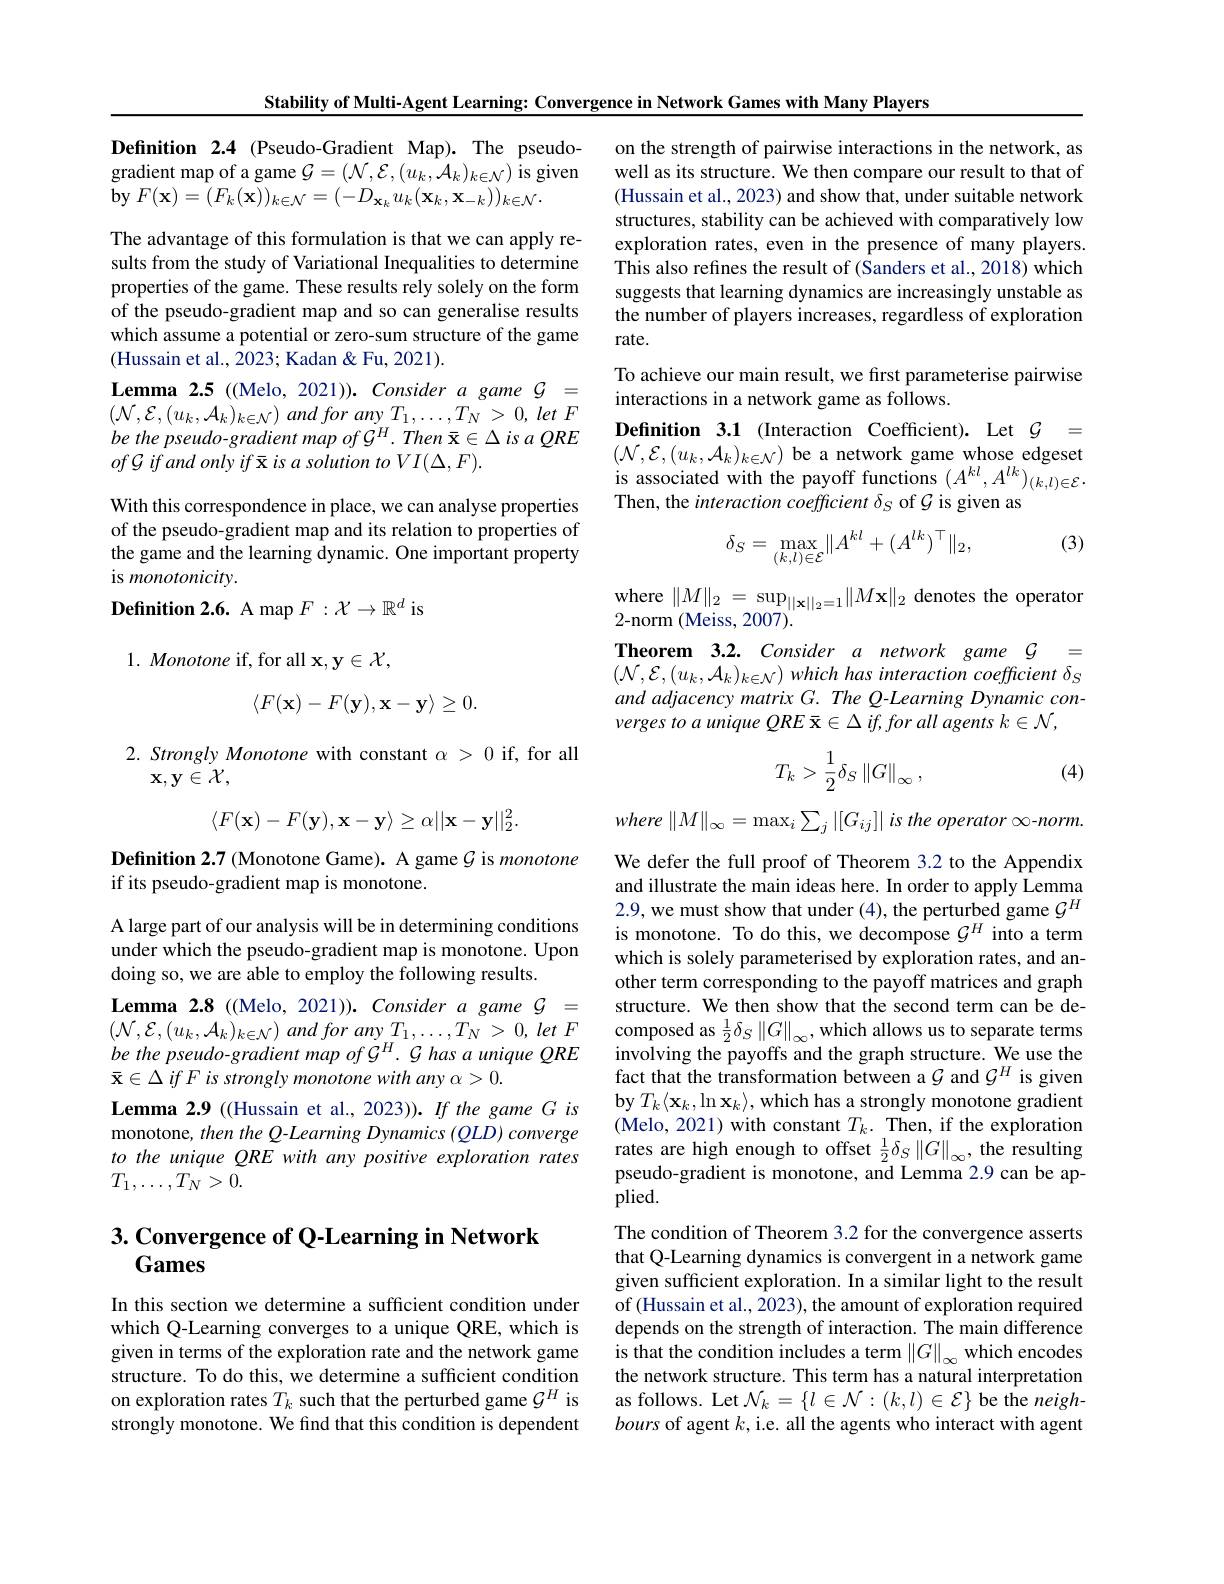
Stability of Multi-Agent Learning: Convergence in Network Games with Many Players

Definition 2.4 (Pseudo-Gradient Map). The pseudogradient map of a game $\mathcal{G}=(\mathcal{N},\mathcal{E},(u_k,\mathcal{A}_k)_{k\in\mathcal{N}})$ is given $\mathbf{by}$ $F( \mathbf{x} ) = ( F_{k}( \mathbf{x} ) ) _{k\in \mathcal{N} }= ( - D_{\mathbf{x} _{k}}u_{k}( \mathbf{x} _{k}, \mathbf{x} _{- k}) ) _{k\in \mathcal{N} }.$

The advantage of this formulation is that we can apply results from the study of Variational Inequalities to determine properties of the game. These results rely solely on the form of the pseudo-gradient map and so can generalise results which assume a potential or zero-sum structure of the game (Hussain et al., 2023; Kadan & Fu, 2021).
Lemma 2.5 ((Melo, 2021)). Consider a game $\mathcal{G}=$ $(\mathcal{N},\mathcal{E},(u_{k},\mathcal{A}_{k})_{k\in\mathcal{N}})$ and for any $T_1, \ldots , T_{N}> 0, \textit{let F}$ be the pseudo-gradient map of G H. Then { }x $\in\Delta$ is $a$ QRE
With this correspondence in place, we can analyse properties of the pseudo-gradient map and its relation to properties of the game and the learning dynamic. One important property is monotonicity.
$\textbf{Definition 2. 6. A map }F: \mathcal{X} \to \mathbb{R} ^d$ is
$1. \textit{Monotone if, for all x}, \mathbf{y} \in \mathcal{X} $,
$$\langle F(\mathbf{x})-F(\mathbf{y}),\mathbf{x}-\mathbf{y}\rangle\geq0.$$
2. Strongly Monotone with constant $\alpha>0$ if, for all
$\mathbf{x},\mathbf{y}\in\mathcal{X}$,
$$\langle F(\mathbf{x})-F(\mathbf{y}),\mathbf{x}-\mathbf{y}\rangle\geq\alpha||\mathbf{x}-\mathbf{y}||_2^2.$$
Definition 2.7 (Monotone Game). A game $\mathcal{G}$ is monotone
if its pseudo-gradient map is monotone.
A large part of our analysis will be in determining conditions under which the pseudo-gradient map is monotone. Upon doing so, we are able to employ the following results.
Lemma 2.8 ((Melo, 2021)). Consider a game $\mathcal{G}=$ $( \mathcal{N} , \mathcal{E} , ( u_{k}, \mathcal{A} _{k}) _{k\in \mathcal{N} })$ and for any $T_{1}, \ldots , T_{N}> 0$, let $F$ be the pseudo-gradient map of $G^H.$ G has a unique QRE $\bar{\mathbf{x} } \in \Delta \textit{if F is strongly monotone with any }\alpha > 0.$
Lemma 2.9 ((Hussain et al., 2023)). If the game G is monotone, then the Q-Learning Dynamics (QLD) converge to the unique QRE with any positive exploration rates $T_{1},\ldots,T_{N}>0.$

# 3. Convergence of Q-Learning in Network Games

In this section we determine a sufficient condition under which Q-Learning converges to a unique QRE, which is given in terms of the exploration rate and the network game structure. To do this, we determine a sufficient condition on exploration rates $T_k$ such that the perturbed game $\mathcal{G}^H$ is strongly monotone. We find that this condition is dependent

on the strength of pairwise interactions in the network, as well as its structure. We then compare our result to that of (Hussain et al., 2023) and show that, under suitable network structures, stability can be achieved with comparatively low exploration rates, even in the presence of many players. This also refines the result of (Sanders et al., 2018) which suggests that learning dynamics are increasingly unstable as the number of players increases, regardless of exploration rate.
To achieve our main result, we first parameterise pairwise
interactions in a network game as follows.
Definition 3.1 (Interaction Coefficient). Let $\mathcal{G}=$ $(\mathcal{N},\mathcal{E},(u_{k},\mathcal{A}_{k})_{k\in\mathcal{N}})$ be a network game whose edgeset is associated with the payoff functions $(A^kl,A^{lk})_{(k,l)\in\mathcal{E}}.$ Then, the interaction coefficient $\delta_S$ of $\mathcal{G}$ is given as

(3)
$$\delta_{S}=\max_{(k,l)\in\mathcal{E}}\|A^{kl}+(A^{lk})^{\top}\|_{2},$$
$\begin{array}{l}\mathrm{where~}\|M\|_{2}\:=\:\mathrm{sup}_{||\mathbf{x}||_{2}=1}\|M\mathbf{x}\|_{2}\:\mathrm{denotes~the~operator}\\2\mathrm{-norm~(Meiss,~2007).}\end{array}$

Theorem 3.2. Consider a network game $\mathcal{G}_{-1}=$ $( \mathcal{N} , \mathcal{E} , ( u_k, \mathcal{A} _k) _{k\in \mathcal{N} }) which$ has interaction coefficient $\delta _S$ and adjacency matrix G. The Q-Learning Dynamic con-
$$T_{k}>\frac{1}{2}\delta_{S}\left\|G\right\|_{\infty},$$
(4)

where $\| M\| _{\infty }= \max _{i}\sum _{j}\left | [ G_{ij}] \right |$ $is$ the operator $\infty$-norm.

We defer the full proof of Theorem 3.2 to the Appendix and illustrate the main ideas here. In order to apply Lemma 2.9, we must show that under (4), the perturbed game $\mathcal{G}^H$ is monotone. To do this, we decompose $\mathcal{G}^H$ into a term which is solely parameterised by exploration rates, and another term corresponding to the payoff matrices and graph structure. We then show that the second term can be decomposed as $\frac12\delta_S\left\|G\right\|_{\infty}$,which allows us to separate terms involving the payoffs and the graph structure. We use the fact that the transformation between a $\mathcal{G}$ and $\mathcal{G}^H$ is given $\mathbf{by}T_{k}\langle\mathbf{x}_{k},\ln\mathbf{x}_{k}\rangle$,which has a strongly monotone gradient (Melo, 2021) with constant $T_k.$ Then, if the exploration rates are high enough to offset $\frac12\delta_S\left\|G\right\|_\infty$, the resulting pseudo-gradient is monotone, and Lemma 2.9 can be ap- $plied.$
The condition of Theorem 3.2 for the convergence asserts that Q-Learning dynamics is convergent in a network game given sufficient exploration. In a similar light to the result of (Hussain et al., 2023), the amount of exploration required depends on the strength of interaction. The main difference is that the condition includes a term $\left\|G\right\|_\infty$ which encodes the network structure. This term has a natural interpretation as follows. Let $\mathcal{N}_k=\{l\in\mathcal{N}:(k,l)\in\mathcal{E}\}$ be the neighbours of agent $k$, i.e. all the agents who interact with agent